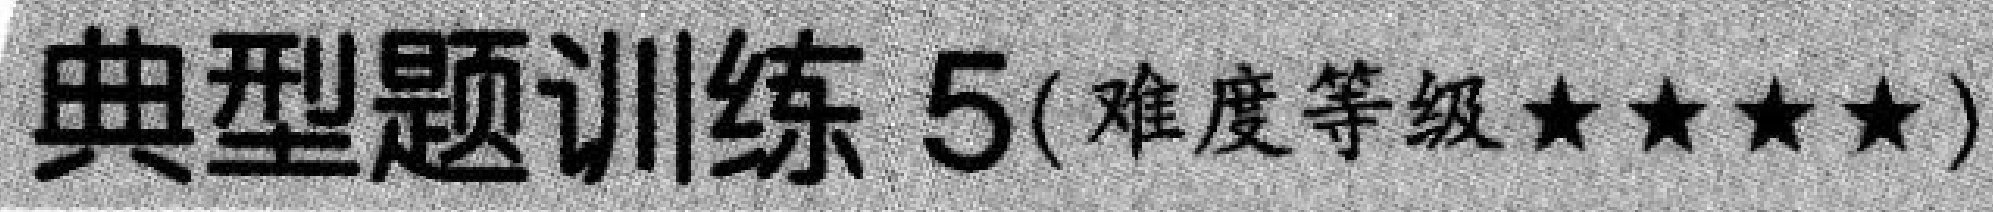
典型题训练 5(难度等级★★★★)